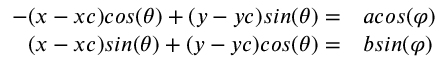
\begin{array} { r l } { - ( x - x c ) c o s ( \theta ) + ( y - y c ) s i n ( \theta ) = } & { { } a c o s ( \varphi ) } \\ { ( x - x c ) s i n ( \theta ) + ( y - y c ) c o s ( \theta ) = } & { { } b s i n ( \varphi ) } \end{array}